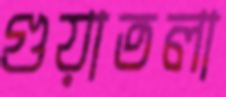
গুয়াতলা